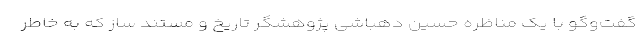
گفت‌وگو با یک مناظره حسین دهباشی پژوهشگر تاریخ و مستند ساز که به خاطر